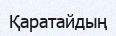
Қаратайдың